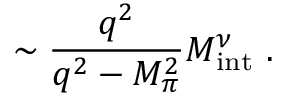
\sim \frac { q ^ { 2 } } { q ^ { 2 } - M _ { \pi } ^ { 2 } } M _ { \mathrm { i n t } } ^ { \nu } ~ .